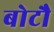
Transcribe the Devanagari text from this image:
बोटौ